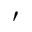
'